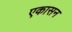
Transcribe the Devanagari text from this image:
एकासन